画像に写った文字を読んでください
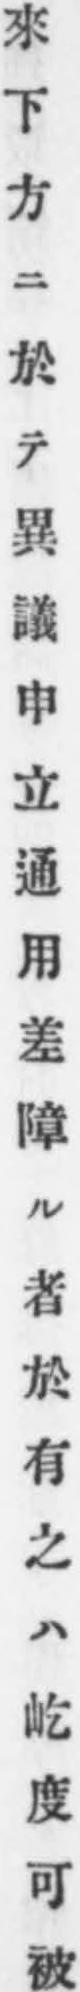
「來下方ニ於テ異議申立通用差障ル者於有之ハ屹度可被」と書いてあります